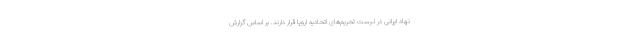
نهاد ایرانی در لیست تحریم‌های اتحادیه اروپا قرار دارند. بر اساس گزارش